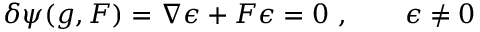
\delta \psi ( g , F ) = \nabla \epsilon + F \epsilon = 0 \ , \qquad \epsilon \neq 0